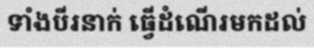
ទាំងបីរនាក់ ធ្វើដំណើរមកដល់